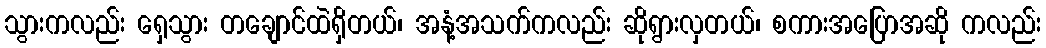
သွားကလည်း ရှေသွား တချောင်ထဲရှိတယ်၊ အနံ့အသက်ကလည်း ဆိုရွားလှတယ်၊ စကားအပြောအဆို ကလည်း